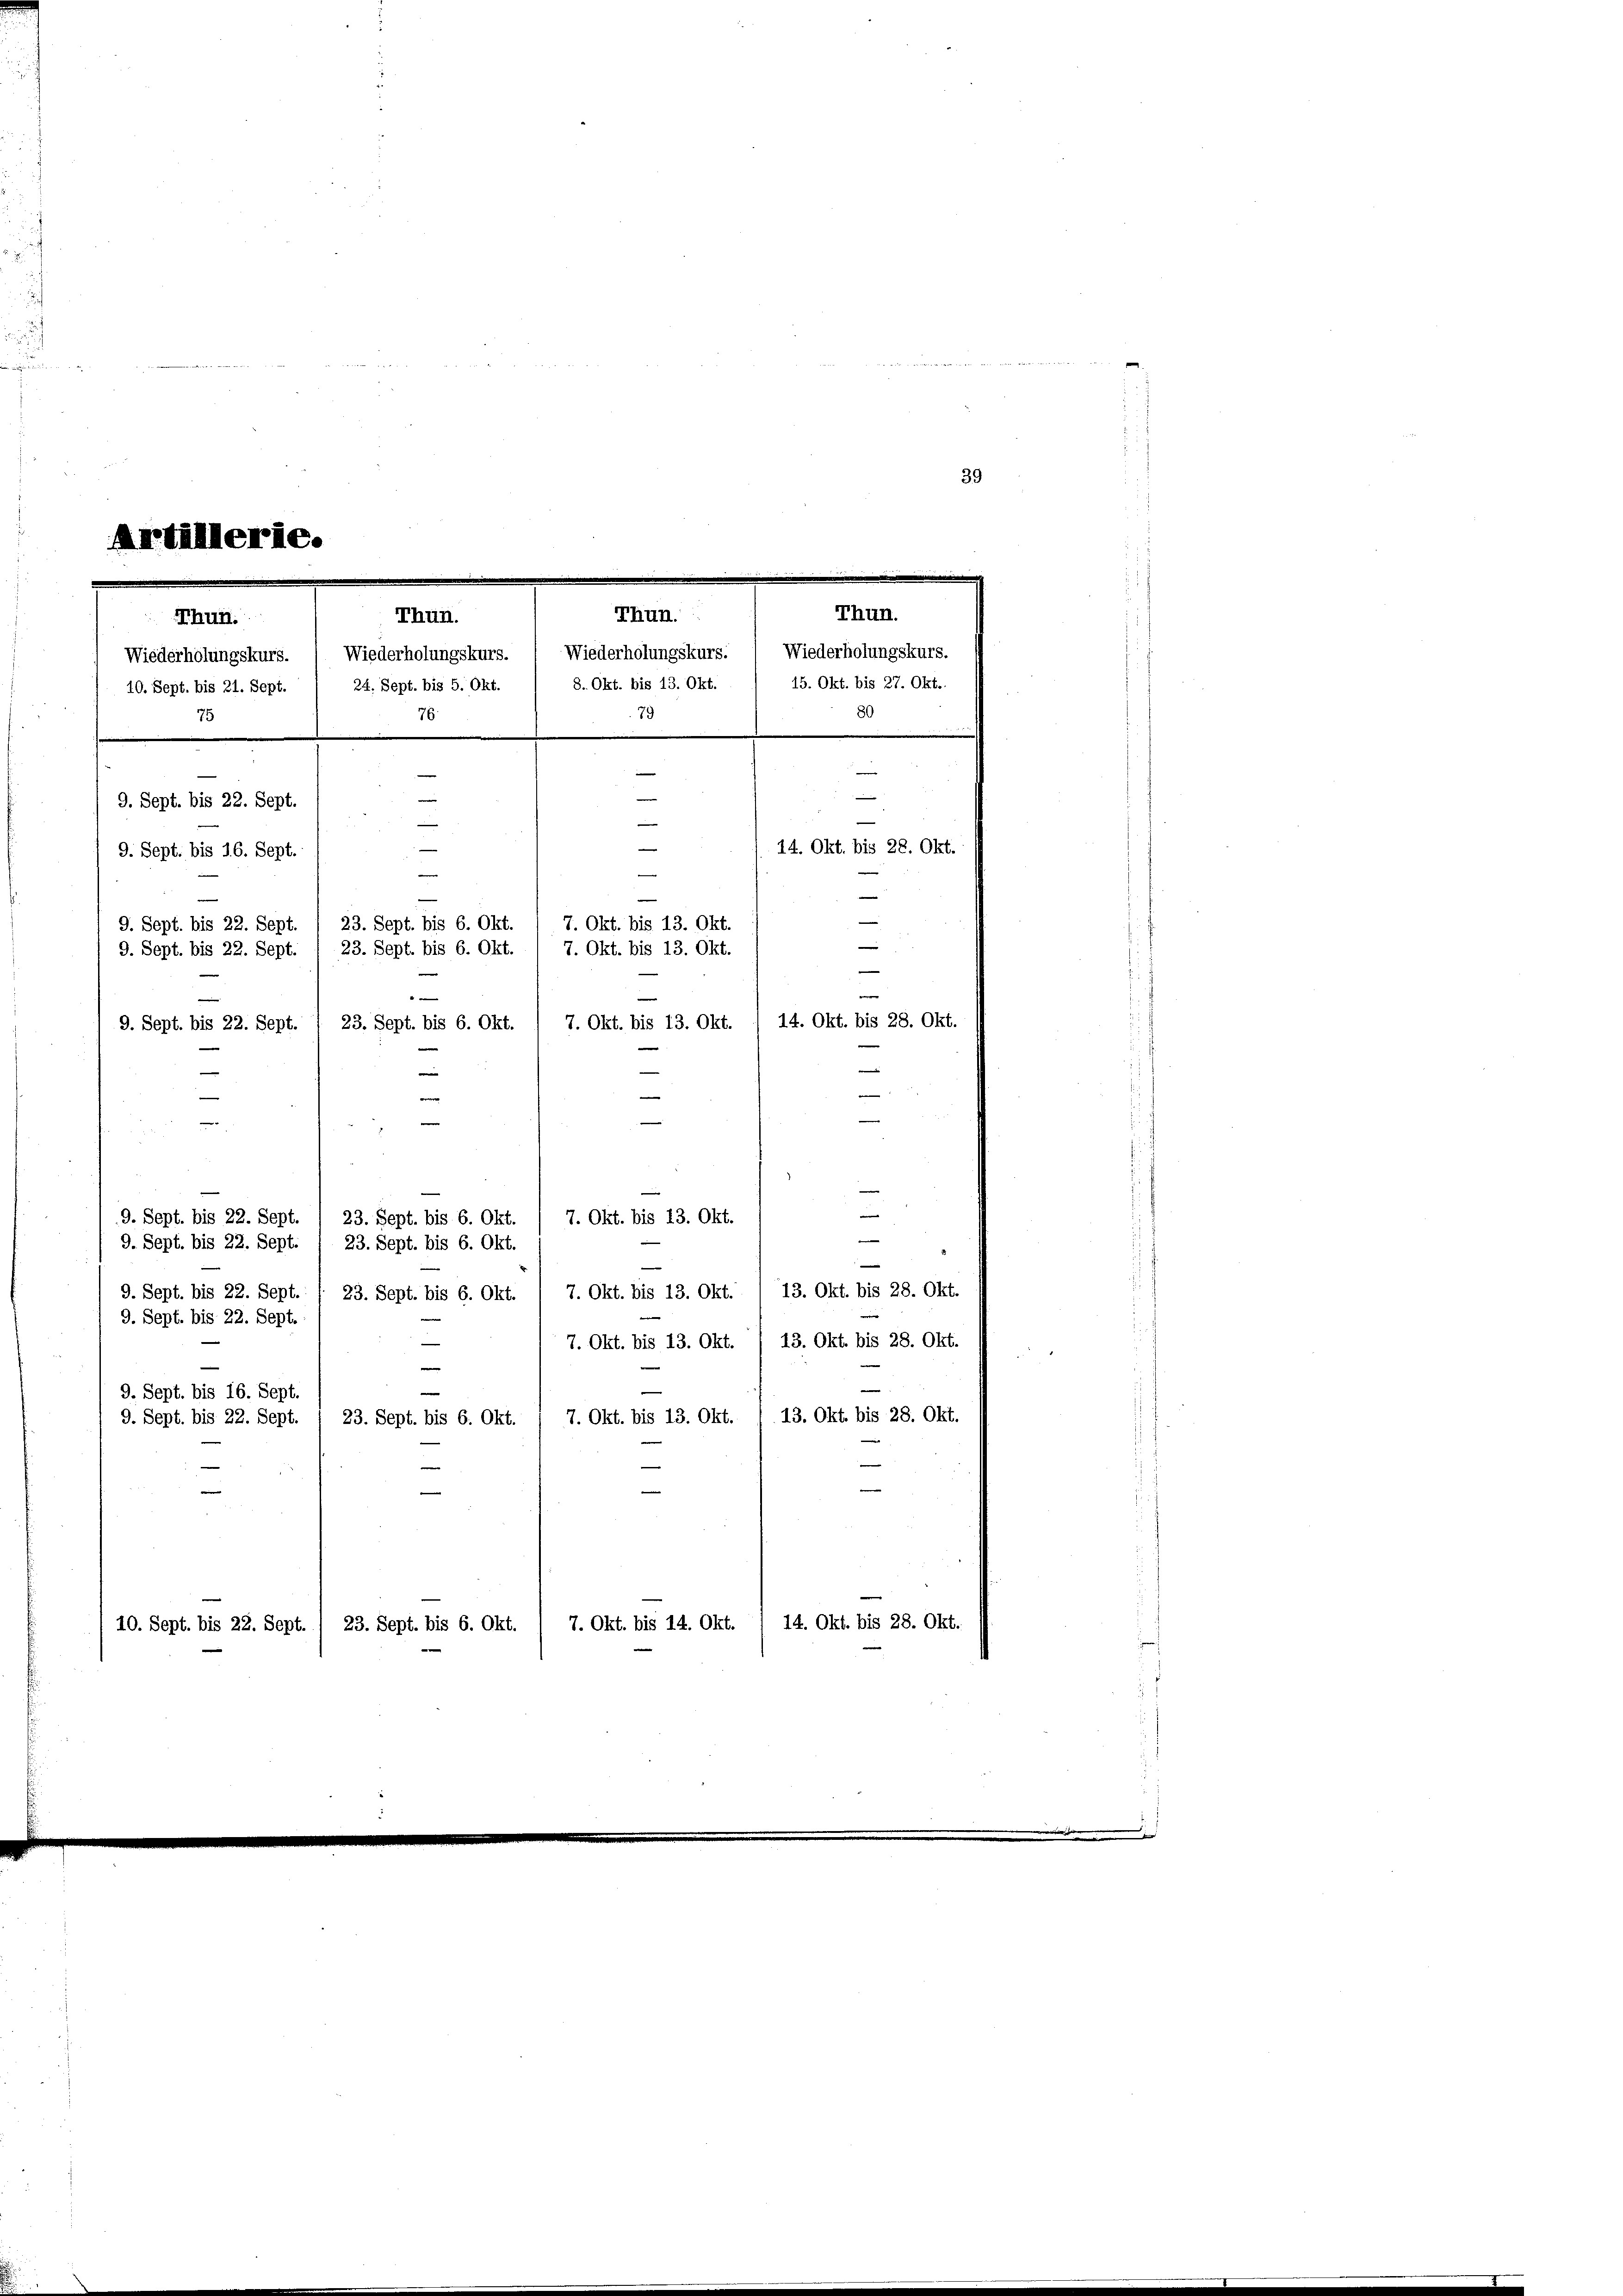
39
Artillerie.

—
23. Sept. bis 6. Okt. / 7. Okt. bis 13. Okt.
9. Sept. bis 22. Sept.
e
e

e
—
—
7. Okt. bis 13. Okt.
9. Sept. bis 22. Sept.
23. Sept. bis 6. Okt.
e
9. Sept. bis 22. Sept. / 23. Sept. bis 6. Okt.

13. Okt. bis 28. Okt.
9. Sept. bis 22. Sept.
7. Okt. bis 13. Okt.
23. Sept. bis 6. Okt.
9. Sept. bis 22. Sept.
—
13. Okt. bis 28. Okt.
7. Okt. bis 13. Okt.
e

9. Sept. bis 16. Sept.
13. Okt. bis 28. Okt.
9. Sept. bis 22. Sept.
7. Okt. bis 13. Okt.
23. Sept. bis 6. Okt.
e
e
e
7. Okt. bis 14. Okt. 1 14. Okt. bis 28. Okt.
10. Sept. bis 22. Sept. 1 23. Sept. bis 6. Okt.

Thun.
Thun.
Thun.
Wiederholungskurs. Wiederholungskurs. Wiederholungskurs.
10. Sept. bis 21. Sept. 1 24. Sept. bis 5. Okt. 1 8. Okt. bis 13. Okt.
75
e

9. Sept. bis 22. Sept.

—
9. Sept. bis 16. Sept.
23. Sept. bis 6. Okt.
9. Sept. bis 22. Sept.
7. Okt. bis 13. Okt.
23. Sept. bis 6. Okt.
7. Okt. bis 13. Okt.
9. Sept. bis 22. Sept.

76.

79

Thun.
Wiederholungskurs.
15. Okt. bis 27. Okt..
80
—
14. Okt. bis 28. Okt.
2
e
14. Okt. bis 28. Okt.
n
e